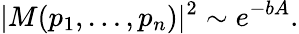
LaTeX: |M(p_{1},\ldots,p_{n})|^{2}\sim e^{-bA}.